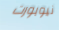
نيوبورت